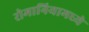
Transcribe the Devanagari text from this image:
रोमानियामध्ये